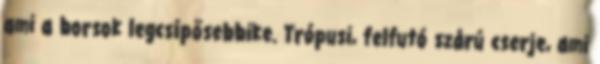
ami a borsok legcsípősebbike. Trópusi, felfutó szárú cserje, ami